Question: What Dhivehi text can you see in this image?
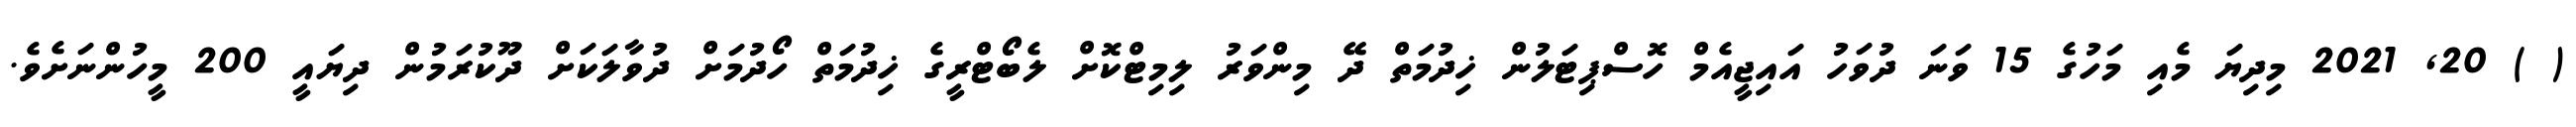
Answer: ( ) 20, 2021 މިދިޔަ މެއި މަހުގެ 15 ވަނަ ދުވަހު އައިޖީއެމް ހޮސްޕިޓަލުން ޚިދުމަތް ދޭ މިންވަރު ލިމިޓްކޮށް ލެބޯޓްރީގެ ޚިދުމަތް ހޯދުމަށް ދުވާލަކަށް ދޫކުރަމުން ދިޔައީ 200 މީހުންނަށެވެ.